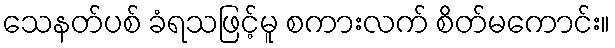
သေနတ်ပစ် ခံရသဖြင့်မူ စကားလက် စိတ်မကောင်း။